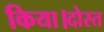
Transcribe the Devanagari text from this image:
किया।दोस्त